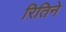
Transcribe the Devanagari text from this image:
रितिने